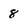
Character: 8